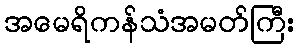
အမေရိကန်သံအမတ်ကြီး